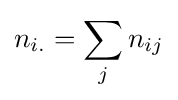
n_{i.}=\sum _{j}n_{ij}